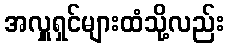
အလှူရှင်များထံသို့လည်း